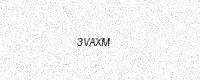
Text: 3VAXM